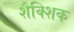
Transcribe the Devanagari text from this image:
शैक्शिक